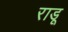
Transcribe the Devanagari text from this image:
राडू